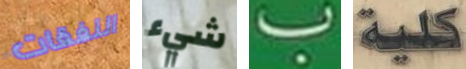
النفقات شيء ب كلية